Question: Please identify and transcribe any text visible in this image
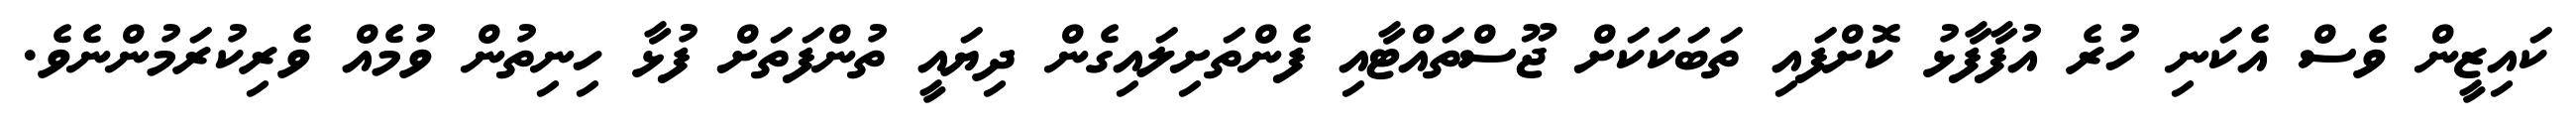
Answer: ކައިޒީން ވެސް އެކަނި ހުރެ އުފާފާޅު ކޮށްފައި ތަބަކަކަށް ޖޫސްތައްޓާއި ފެންތަށިލައިގެން ދިޔައީ ތުންފަތަށް ފުޅާ ހިނިތުން ވުމެއް ވެރިކުރަމުންނެވެ.